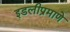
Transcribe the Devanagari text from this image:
इडलीप्रमाणे